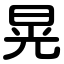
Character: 晃